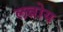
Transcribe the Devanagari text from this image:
लन्नोय